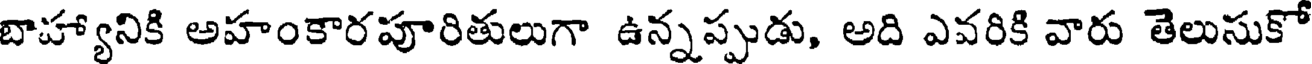
బాహ్యానికి అహంకారపూరితులుగా ఉన్నప్పుడు, అది ఎవరికి వారు తెలుసుకో